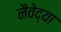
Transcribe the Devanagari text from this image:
नैवेद्या